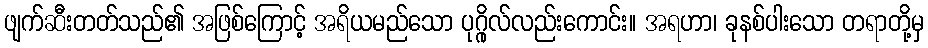
ဖျက်ဆီးတတ်သည်၏ အဖြစ်ကြောင့် အရိယမည်သော ပုဂ္ဂိုလ်လည်းကောင်း။ အရဟာ၊ ခုနစ်ပါးသော တရာတို့မှ